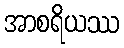
အာစရိယဿ